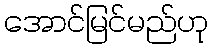
အောင်မြင်မည်ဟု